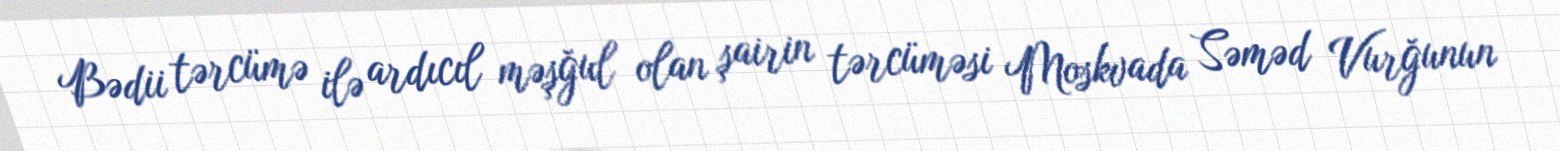
Bədii tərcümə ilə ardıcıl məşğul olan şairin tərcüməsi Moskvada Səməd Vurğunun